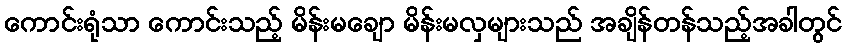
ကောင်းရုံသာ ကောင်းသည့် မိန်းမချော မိန်းမလှများသည် အချိန်တန်သည့်အခါတွင်